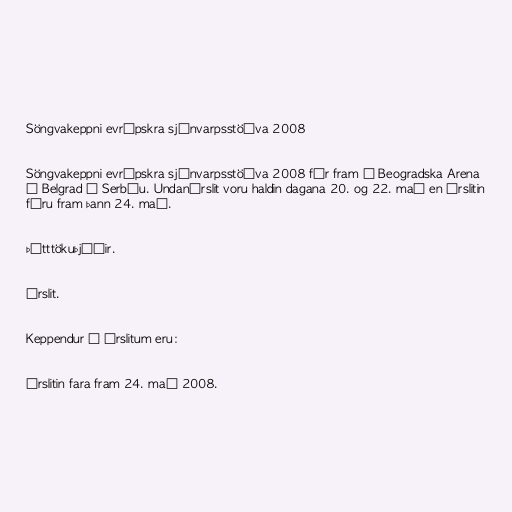
Söngvakeppni evrópskra sjónvarpsstöðva 2008

Söngvakeppni evrópskra sjónvarpsstöðva 2008 fór fram í Beogradska Arena
í Belgrad í Serbíu. Undanúrslit voru haldin dagana 20. og 22. maí en úrslitin
fóru fram þann 24. maí.

Þátttökuþjóðir.

Úrslit.

Keppendur í úrslitum eru:

Úrslitin fara fram 24. maí 2008.